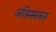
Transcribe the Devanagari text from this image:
अंतिमसंस्कार